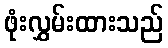
ဖုံးလွှမ်းထားသည်